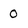
Character: 0